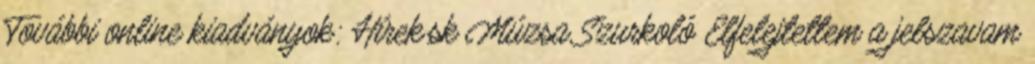
További online kiadványok: Hírek.sk Múzsa Szurkoló Elfelejtettem a jelszavam